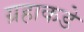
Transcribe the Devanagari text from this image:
ग्रहाकडे